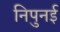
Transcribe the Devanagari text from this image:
निपुनई